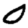
Digit: 0